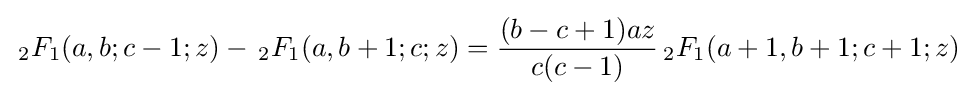
\,_{2}F_{1}(a,b;c-1;z)-\,_{2}F_{1}(a,b+1;c;z)={\frac {(b-c+1)az}{c(c-1)}}\,_{2}F_{1}(a+1,b+1;c+1;z)